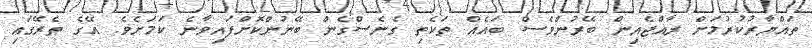
ތައްޔާރުކުރުމަށް ރާއްޖެއިން ބޭރުންވެސް ބައެއް ތަކެތި ގެނެސްގެން ބޭނުންކޮށްފައިވާނެ ކަމަށެވެ. އޭގެ ތެރޭގައި